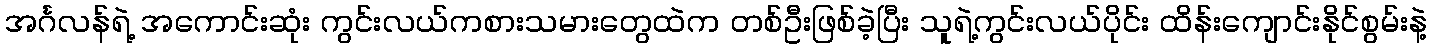
အင်္ဂလန်ရဲ့ အကောင်းဆုံး ကွင်းလယ်ကစားသမားတွေထဲက တစ်ဦးဖြစ်ခဲ့ပြီး သူရဲ့ကွင်းလယ်ပိုင်း ထိန်းကျောင်းနိုင်စွမ်းနဲ့